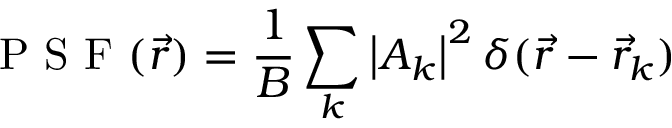
\mathrm { ~ P ~ S ~ F ~ } ( \vec { r } ) = \frac { 1 } { B } \sum _ { k } \left| A _ { k } \right| ^ { 2 } \delta ( \vec { r } - \vec { r } _ { k } )